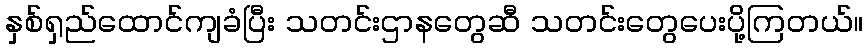
နှစ်ရှည်ထောင်ကျခံပြီး သတင်းဌာနတွေဆီ သတင်းတွေပေးပို့ကြတယ်။